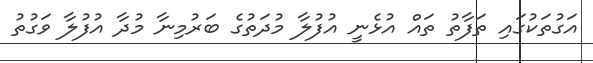
އަގުތަކުގައި ތަފާތު ތައް އުޅެނީ އުފުލާ މުދަތުގެ ބަރުމިނާ މުދާ އުފުލާ ވަގުތު